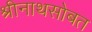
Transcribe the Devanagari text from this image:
श्रीनाथसोबत